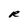
Character: R